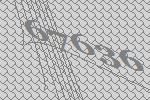
67636